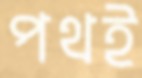
পথই